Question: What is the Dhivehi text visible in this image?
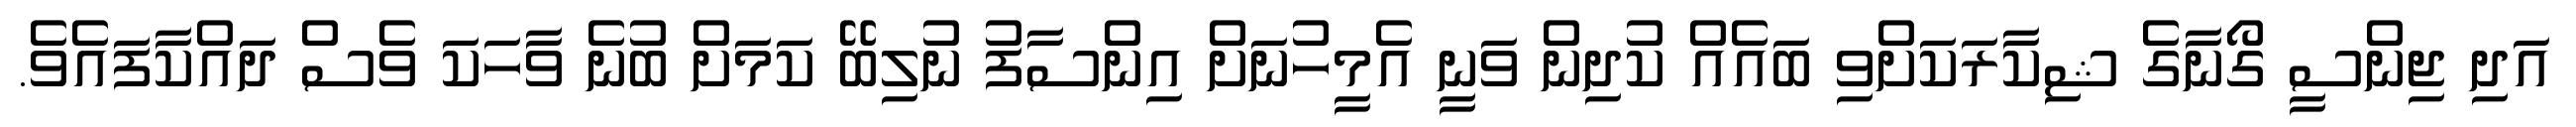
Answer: އަދި ޖިންސީ ގޯނާގެ ޝިކާރަކަށްވި ބައެއް ކުދިން ވަނީ އެމީހުނަށް އިންސާފު ނުލިބޭ ކަމަށް ބުނެ ވާހަކަ ވެސް ދައްކާފައެވެ.